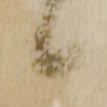
候